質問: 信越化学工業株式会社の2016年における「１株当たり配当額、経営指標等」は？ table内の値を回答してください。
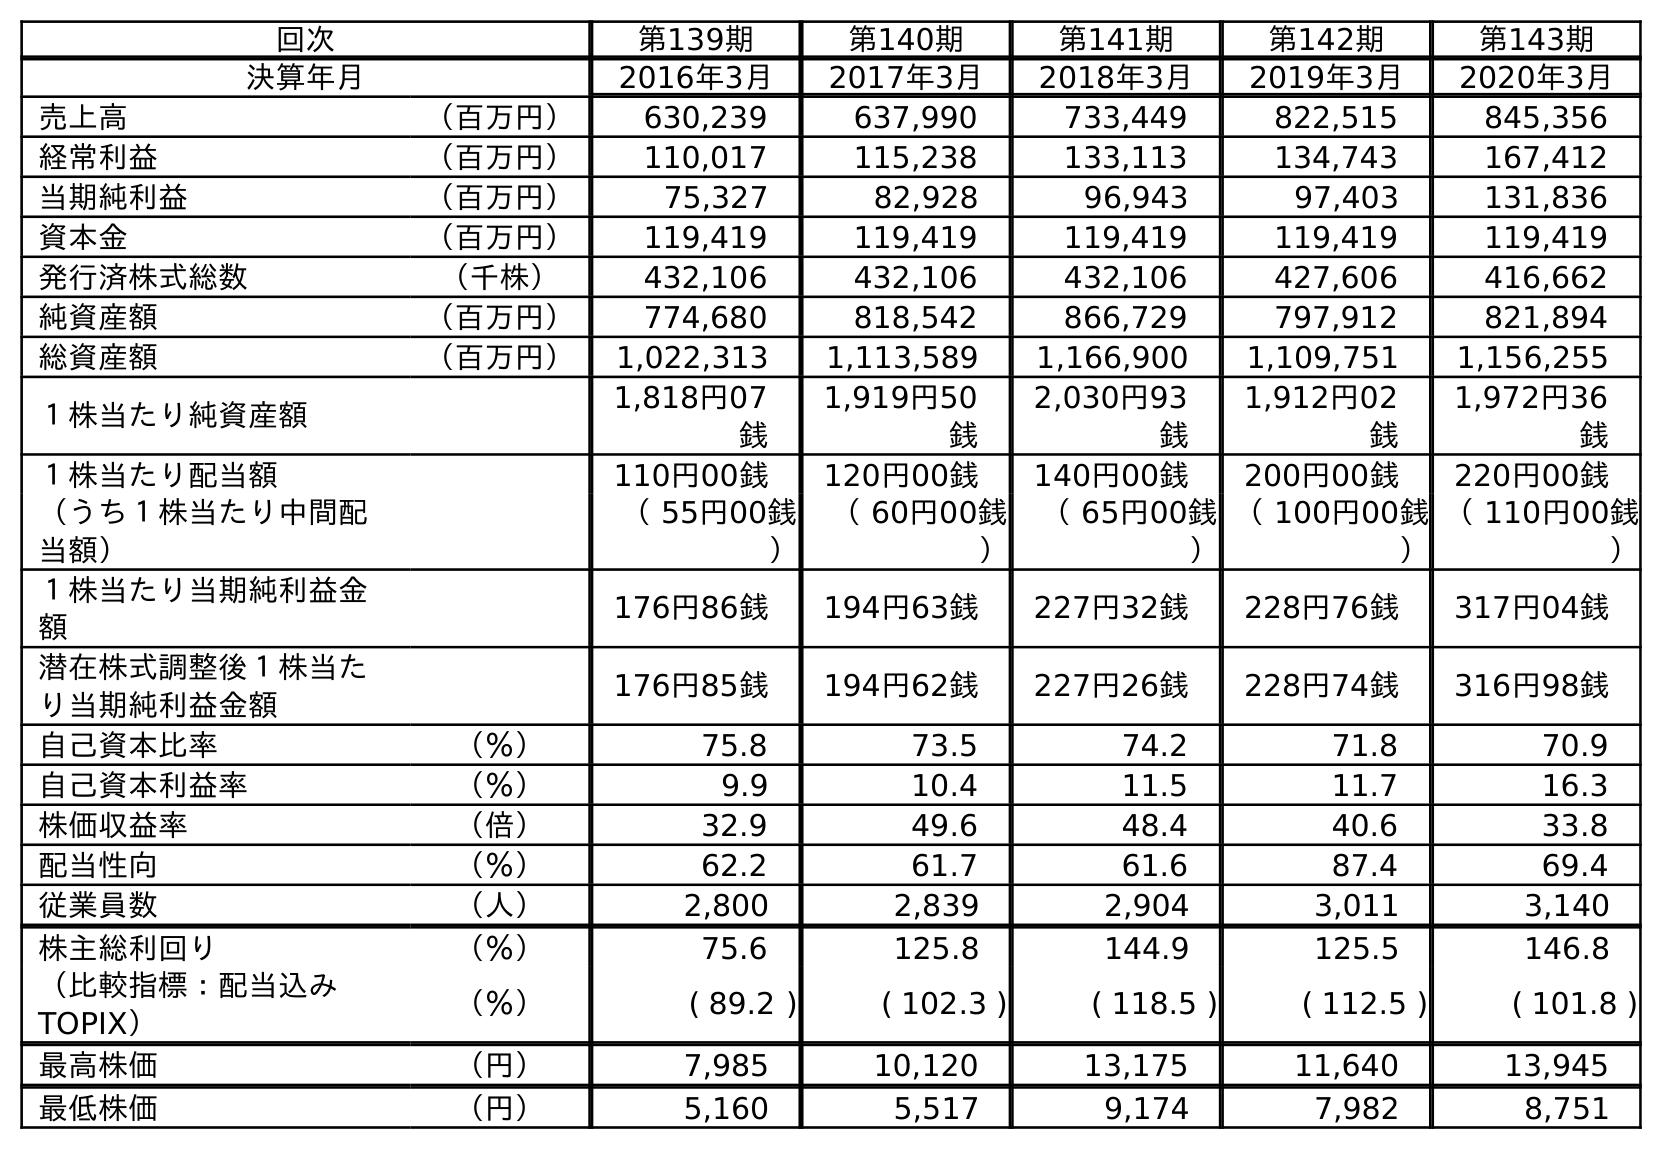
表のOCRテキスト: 回次 第139期 第140期 第141期 第142期 第143期 決算年月 2016年3月 2017年3月 2018年3月 2019年3月 2020年3月 売上高 （百万円） 630,239 637,990 733,449 822,515 845,356 経常利益 （百万円） 110,017 115,238 133,113 134,743 167,412 当期純利益 （百万円） 75,327 82,928 96,943 97,403 131,836 資本金 （百万円） 119,419 119,419 119,419 119,419 119,419 発行済株式総数 （千株） 432,106 432,106 432,106 427,606 416,662 純資産額 （百万円） 774,680 818,542 866,729 797,912 821,894 総資産額 （百万円） 1,022,313 1,113,589 1,166,900 1,109,751 1,156,255 １株当たり純資産額 1,818円07 銭 1,919円50 銭 2,030円93 銭 1,912円02 銭 1,972円36 銭 １株当たり配当額 110円00銭 120円00銭 140円00銭 200円00銭 220円00銭 （うち１株当たり中間配 当額） （ 55円00銭 ） （ 60円00銭 ） （ 65円00銭 ） （ 100円00銭 ） （ 110円00銭 ） １株当たり当期純利益金 額 176円86銭 194円63銭 227円32銭 228円76銭 317円04銭 潜在株式調整後１株当た り当期純利益金額 176円85銭 194円62銭 227円26銭 228円74銭 316円98銭 自己資本比率 （％） 75.8 73.5 74.2 71.8 70.9 自己資本利益率 （％） 9.9 10.4 11.5 11.7 16.3 株価収益率 （倍） 32.9 49.6 48.4 40.6 33.8 配当性向 （％） 62.2 61.7 61.6 87.4 69.4 従業員数 （人） 2,800 2,839 2,904 3,011 3,140 株主総利回り （％） 75.6 125.8 144.9 125.5 146.8 （比較指標：配当込み TOPIX） （％） ( 89.2 ) ( 102.3 ) ( 118.5 ) ( 112.5 ) ( 101.8 ) 最高株価 （円） 7,985 10,120 13,175 11,640 13,945 最低株価 （円） 5,160 5,517 9,174 7,982 8,751
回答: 110円00銭